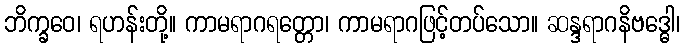
ဘိက္ခဝေ၊ ရဟန်းတို့။ ကာမရာဂရတ္တော၊ ကာမရာဂဖြင့်တပ်သော။ ဆန္ဒရာဂနိဗဒ္ဓေါ၊